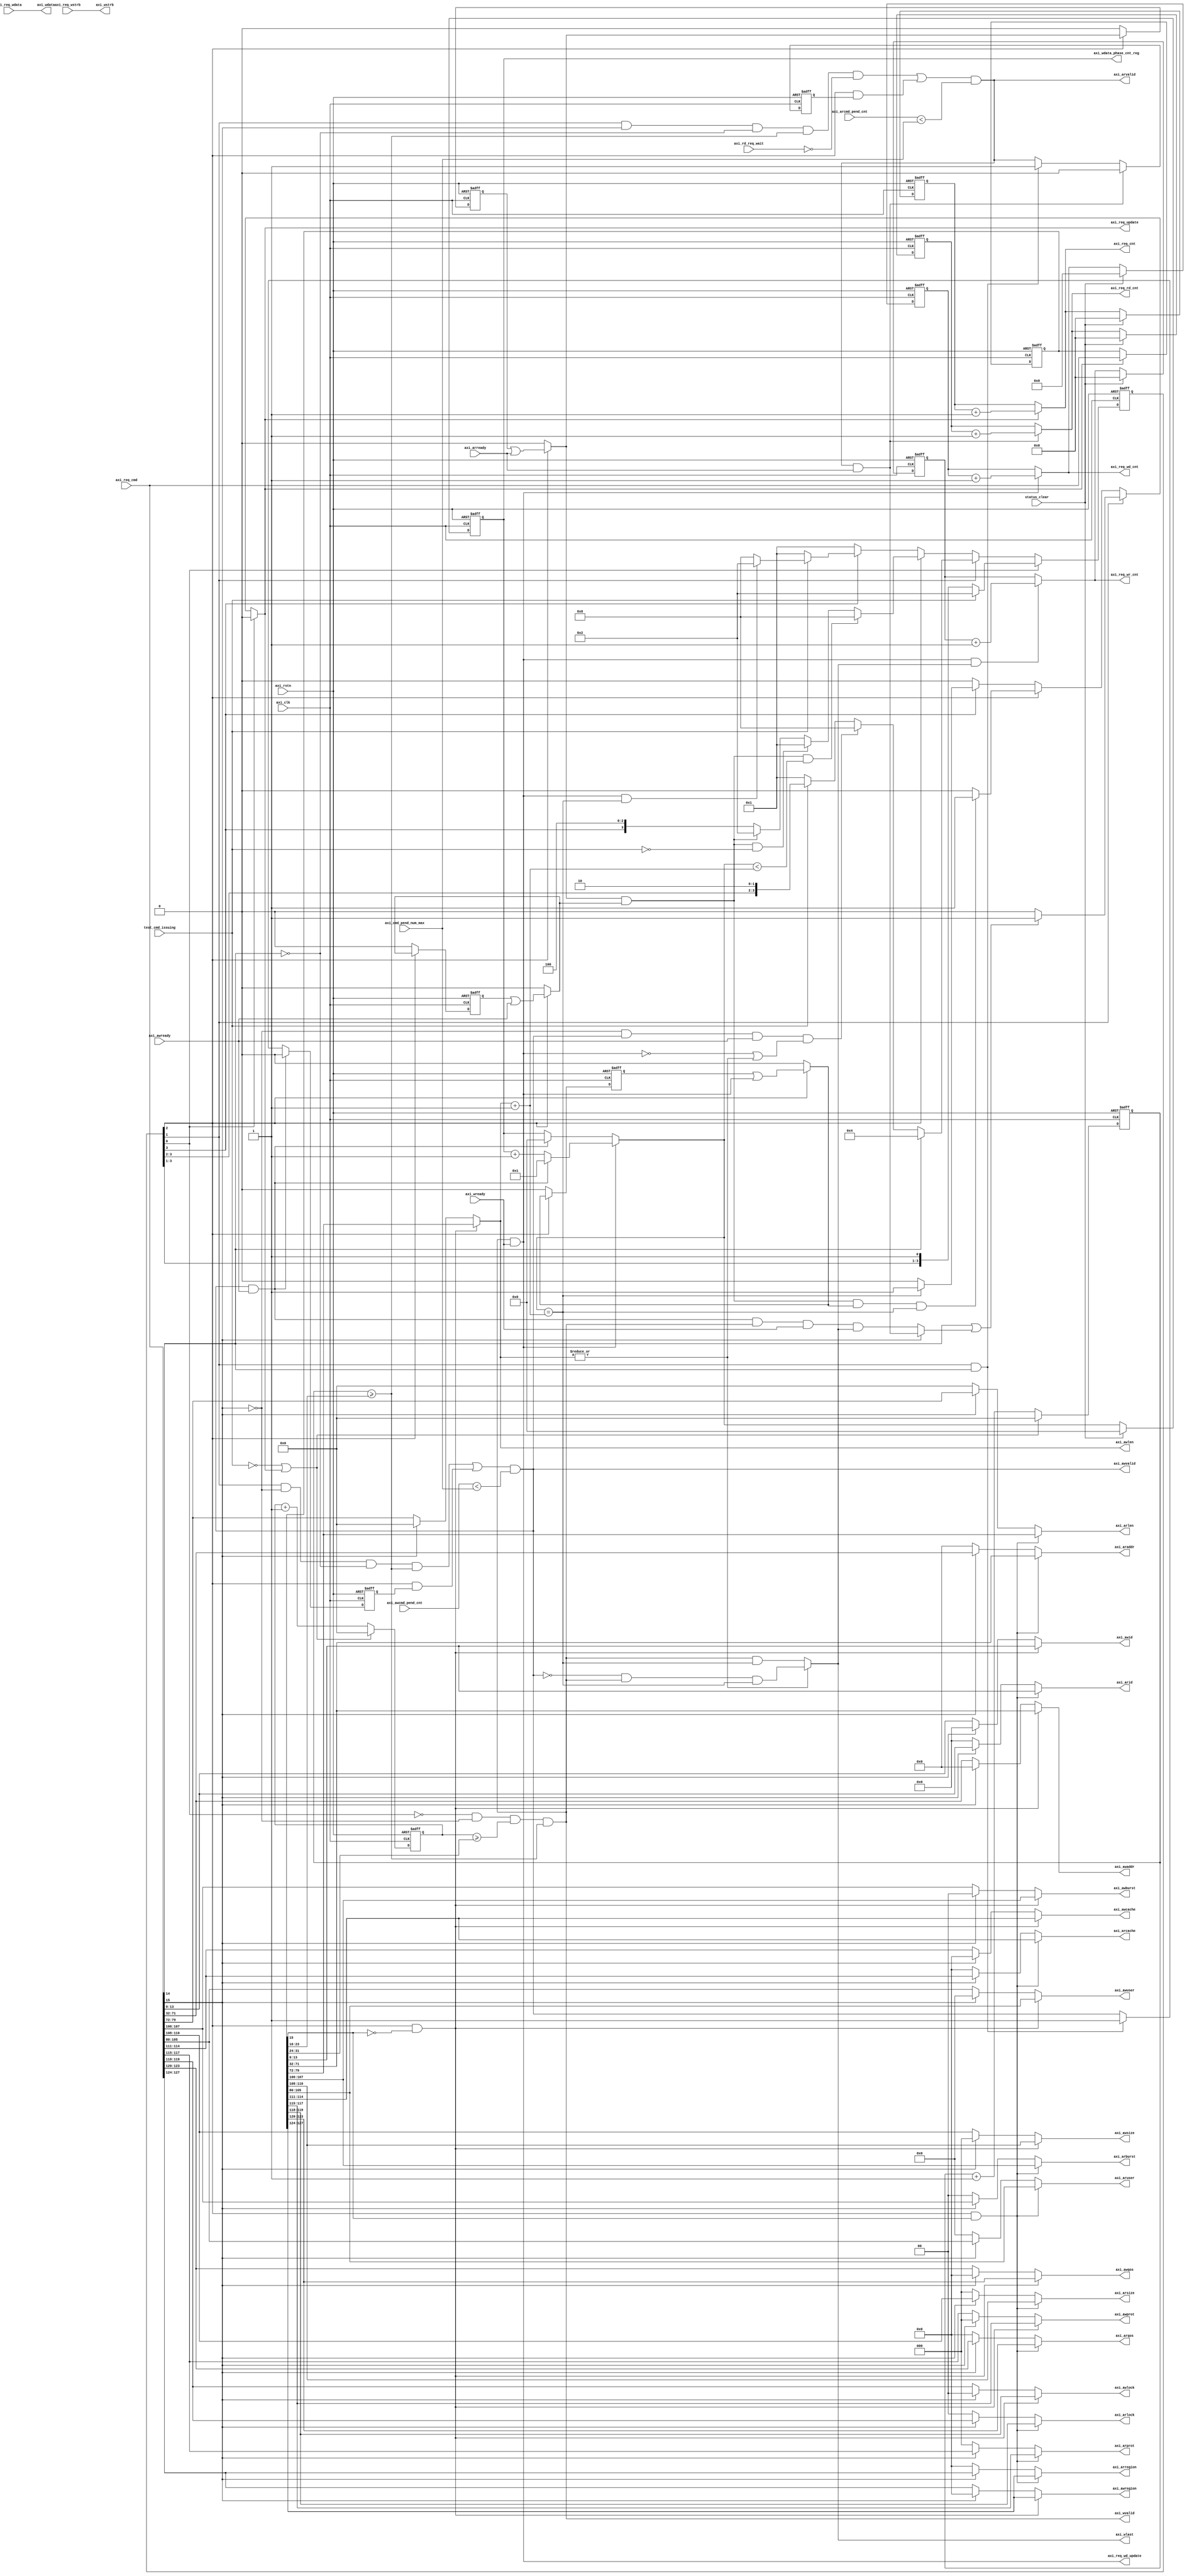
// ================================================================
// NVDLA Open Source Project
// 
// Copyright(c) 2016 - 2017 NVIDIA Corporation.  Licensed under the
// NVDLA Open Hardware License; Check "LICENSE" which comes with 
// this distribution for more information.
// ================================================================


module NV_FPGA_unit_checkbox_mem_dut_axi_req_256 (
   axi_clk
  ,axi_rstn
  ,axi_arcmd_pend_cnt
  ,axi_arready
  ,axi_awcmd_pend_cnt
  ,axi_awready
  ,axi_cmd_pend_num_max
  ,axi_rd_req_wait
  ,axi_req_cmd
  ,axi_req_wdata
  ,axi_req_wstrb
  ,axi_wready
  ,status_clear
  ,test_cmd_issuing
  ,axi_araddr
  ,axi_arburst
  ,axi_arcache
  ,axi_arid
  ,axi_arlen
  ,axi_arlock
  ,axi_arprot
  ,axi_arqos
  ,axi_arregion
  ,axi_arsize
  ,axi_aruser
  ,axi_arvalid
  ,axi_awaddr
  ,axi_awburst
  ,axi_awcache
  ,axi_awid
  ,axi_awlen
  ,axi_awlock
  ,axi_awprot
  ,axi_awqos
  ,axi_awregion
  ,axi_awsize
  ,axi_awuser
  ,axi_awvalid
  ,axi_req_cnt
  ,axi_req_rd_cnt
  ,axi_req_update
  ,axi_req_wd_cnt
  ,axi_req_wd_update
  ,axi_req_wr_cnt
  ,axi_wdata
  ,axi_wdata_phase_cnt_reg
  ,axi_wlast
  ,axi_wstrb
  ,axi_wvalid
  );
input          axi_clk;
input          axi_rstn;
input    [8:0] axi_arcmd_pend_cnt;
input          axi_arready;
input    [8:0] axi_awcmd_pend_cnt;
input          axi_awready;
input    [7:0] axi_cmd_pend_num_max;
input          axi_rd_req_wait;
input  [127:0] axi_req_cmd;
input  [255:0] axi_req_wdata;
input   [31:0] axi_req_wstrb;
input          axi_wready;
input          status_clear;
input          test_cmd_issuing;
output  [39:0] axi_araddr;
output   [1:0] axi_arburst;
output   [3:0] axi_arcache;
output  [13:0] axi_arid;
output   [7:0] axi_arlen;
output   [1:0] axi_arlock;
output   [2:0] axi_arprot;
output   [3:0] axi_arqos;
output   [3:0] axi_arregion;
output   [2:0] axi_arsize;
output  [25:0] axi_aruser;
output         axi_arvalid;
output  [39:0] axi_awaddr;
output   [1:0] axi_awburst;
output   [3:0] axi_awcache;
output  [13:0] axi_awid;
output   [7:0] axi_awlen;
output   [1:0] axi_awlock;
output   [2:0] axi_awprot;
output   [3:0] axi_awqos;
output   [3:0] axi_awregion;
output   [2:0] axi_awsize;
output  [25:0] axi_awuser;
output         axi_awvalid;
output  [23:0] axi_req_cnt;
output  [23:0] axi_req_rd_cnt;
output         axi_req_update;
output  [31:0] axi_req_wd_cnt;
output         axi_req_wd_update;
output  [23:0] axi_req_wr_cnt;
output [255:0] axi_wdata;
output   [8:0] axi_wdata_phase_cnt_reg;
output         axi_wlast;
output  [31:0] axi_wstrb;
output         axi_wvalid;
reg            axi_arcmd_accept_reg;
reg            axi_arvalid_reg;
reg            axi_awcmd_accept_reg;
reg            axi_awvalid_reg;
reg     [23:0] axi_req_cnt_reg;
reg      [7:0] axi_req_dly1_cnt;
reg      [7:0] axi_req_dly2_cnt;
reg     [23:0] axi_req_rd_cnt_reg;
reg            axi_req_update;
reg     [31:0] axi_req_wd_cnt_reg;
reg     [23:0] axi_req_wr_cnt_reg;
reg            axi_wdata_accept_reg;
reg      [8:0] axi_wdata_phase_cnt_reg;
reg      [3:0] nxt_req_state;
reg      [3:0] req_state;
wire           axi_arcmd_accept;
wire           axi_awcmd_accept;
wire    [39:0] axi_axaddr;
wire    [39:0] axi_axaddr_reg;
wire     [1:0] axi_axburst;
wire     [1:0] axi_axburst_reg;
wire     [3:0] axi_axcache;
wire     [3:0] axi_axcache_reg;
wire     [7:0] axi_axdly1_reg;
wire     [7:0] axi_axdly2_reg;
wire    [13:0] axi_axid;
wire    [13:0] axi_axid_reg;
wire     [7:0] axi_axlen;
wire     [7:0] axi_axlen_reg;
wire     [1:0] axi_axlock;
wire     [1:0] axi_axlock_reg;
wire     [2:0] axi_axprot;
wire     [2:0] axi_axprot_reg;
wire     [3:0] axi_axqos;
wire     [3:0] axi_axqos_reg;
wire     [3:0] axi_axregion;
wire     [3:0] axi_axregion_reg;
wire           axi_axrw;
wire           axi_axrw_reg;
wire     [2:0] axi_axsize;
wire     [2:0] axi_axsize_reg;
wire    [25:0] axi_axuser;
wire    [25:0] axi_axuser_reg;
wire           axi_dual_cmd_mode;
wire           axi_req_dly1_done;
wire           axi_req_dly2_done;
wire           axi_single_rwcmd_accept;
wire           axi_wdata_accept;
wire     [8:0] axi_wdata_phase_cnt;



// AXI request signals declaration



// control singals declaration



// output control singals for other module


reg [127:0] axi_req_cmd_reg; // spyglass disable W498
// latest axi request are present on output of axi_cmd_ram
// axi_reg_cmd_reg store last axi cmd
always @(posedge axi_clk or negedge axi_rstn) begin
  if (!axi_rstn) begin
    axi_req_cmd_reg <= {128{1'b0}};
  end else begin
  if(axi_req_update) begin
    axi_req_cmd_reg <= axi_req_cmd;
  end
  end
end

// de-concentrate the axi request information
assign axi_axregion[3:0]    = axi_req_cmd[127:124];
assign axi_axqos[3:0]       = axi_req_cmd[123:120];
assign axi_axlock[1:0]      = axi_req_cmd[119:118];
assign axi_axprot[2:0]      = axi_req_cmd[117:115];
assign axi_axcache[3:0]     = axi_req_cmd[114:111];
assign axi_axsize[2:0]      = axi_req_cmd[110:108];
assign axi_axburst[1:0]     = axi_req_cmd[107:106];
assign axi_axuser[25:0]     = axi_req_cmd[105:80];
assign axi_axlen[7:0]       = axi_req_cmd[79:72];
assign axi_axaddr[39:0]     = axi_req_cmd[71:32];
//assign axi_axdly2           = axi_req_cmd[27:24];
//assign axi_axdly1           = axi_req_cmd[19:16];
assign axi_axrw             = axi_req_cmd[15];
assign axi_dual_cmd_mode    = axi_req_cmd[14];
assign axi_axid[13:0]       = axi_req_cmd[13:0];

assign axi_axregion_reg[3:0]= axi_req_cmd_reg[127:124];
assign axi_axqos_reg[3:0]   = axi_req_cmd_reg[123:120];
assign axi_axlock_reg[1:0]  = axi_req_cmd_reg[119:118];
assign axi_axprot_reg[2:0]  = axi_req_cmd_reg[117:115];
assign axi_axcache_reg[3:0] = axi_req_cmd_reg[114:111];
assign axi_axsize_reg[2:0]  = axi_req_cmd_reg[110:108];
assign axi_axburst_reg[1:0] = axi_req_cmd_reg[107:106];
assign axi_axuser_reg[25:0] = axi_req_cmd_reg[105:80];
assign axi_axlen_reg[7:0]   = axi_req_cmd_reg[79:72];
assign axi_axaddr_reg[39:0] = axi_req_cmd_reg[71:32];
assign axi_axdly2_reg[7:0]  = axi_req_cmd_reg[31:24];
assign axi_axdly1_reg[7:0]  = axi_req_cmd_reg[23:16];
assign axi_axrw_reg         = axi_req_cmd_reg[15];
//axi_dual_cmd_mode_reg 
assign axi_axid_reg[13:0]   = axi_req_cmd_reg[13:0];

// count the totol requests and the total wdata phases.
// axi_req_cnt indicate which cmd (1..N) is being accepted. N is the total cmd number
always @(posedge axi_clk or negedge axi_rstn) begin
  if (!axi_rstn) begin
    axi_req_cnt_reg <= {24{1'b0}};
    axi_req_wd_cnt_reg <= {32{1'b0}};
    axi_req_rd_cnt_reg <= {24{1'b0}};
    axi_req_wr_cnt_reg <= {24{1'b0}};
  end else begin
  if(status_clear) begin
    axi_req_cnt_reg <= 0;
    axi_req_wd_cnt_reg <= 0;
    axi_req_rd_cnt_reg <= 0;
    axi_req_wr_cnt_reg <= 0;
  end
  else begin
    axi_req_cnt_reg <= axi_req_cnt;
    axi_req_wd_cnt_reg <= axi_req_wd_cnt;
    axi_req_rd_cnt_reg <= axi_req_rd_cnt;
    axi_req_wr_cnt_reg <= axi_req_wr_cnt;
  end
  end
end

assign axi_req_cnt = axi_req_update ? (axi_req_cnt_reg + 1'b1) : axi_req_cnt_reg;
assign axi_req_wd_cnt = axi_req_wd_update ? (axi_req_wd_cnt_reg + 1'b1) : axi_req_wd_cnt_reg;

assign axi_req_rd_cnt = (axi_arvalid & axi_arready) ? (axi_req_rd_cnt_reg + 1'b1) : axi_req_rd_cnt_reg;
assign axi_req_wr_cnt = (axi_wvalid & axi_wready & axi_wlast) ? (axi_req_wr_cnt_reg + 1'b1) : axi_req_wr_cnt_reg;

// single read or write cmd(with only 1 data phase) accepted
assign axi_single_rwcmd_accept = axi_axrw ? (axi_arvalid & axi_arready) : (axi_awvalid & axi_awready & axi_wvalid & axi_wready & axi_wlast);

// state machine for axi request channel
// ISSUE:
//  1) if axi_dual_cmd_mode==1, fetch next cmd and jump to ISSUE_DUAL state
//  2) else if arcmd or awcmd/wlast accepted
//      a) if more wdata phase required for a write cmd, jump to WDATA state
//      b) else if it's the last cmd, return to IDLE state
//      c) else fetch next cmd and stay ISSUE state
// ISSUE_DUAL:
//  1) if both r/w cmd accepted
//      a) if more data phase required, jump to WDATA state
//      b) else if it's the last cmd, jump to IDLE state
//      a) else jump to ISSUE state
//  2) else stay ISSUE_DUAL state
// WDATA:
//  1) if it's the last cmd, jump to IDLE state
//  2) else if it's the last wdata phase for curr cmd, jump to ISSUE state
//  3) else stay WDATA state.


//## fsm (1) output

//|	-one_hot_states
//|	-no_assert_state_x
//|	-no_testpoints
//|	REGISTERS
//|	  req_state <= nxt_req_state;
//|	  axi_req_update = 1'b0;
//|	RESET
//|	  IDLE <- ;
//|	ADVANCE
//|	  <- 1;
//|	STATES
//|	IDLE :
//|		ISSUE <- test_cmd_issuing;
//|	ISSUE :
//|		if(axi_dual_cmd_mode | axi_single_rwcmd_accept) 
//|		  axi_req_update=1;
//|		ISSUE_DUAL <- axi_dual_cmd_mode;
//|		WDATA <- (~axi_axrw & axi_awvalid & axi_awready & (~(axi_wvalid & axi_wready) | (|axi_awlen)));
//|		IDLE <- !test_cmd_issuing;
//|	ISSUE_DUAL :
//|		if(axi_arcmd_accept & axi_awcmd_accept & axi_wdata_accept & (axi_wdata_phase_cnt == axi_awlen+1))
//|		  axi_req_update=1;
//|		WDATA <- (axi_arcmd_accept & axi_awcmd_accept & (axi_wdata_phase_cnt < axi_awlen+1));
//|		IDLE  <- (axi_arcmd_accept & axi_awcmd_accept & !test_cmd_issuing);
//|		ISSUE <- (axi_arcmd_accept & axi_awcmd_accept);
//|		if(axi_wdata_phase_cnt == (axi_awlen+1))
//|		  axi_req_update=1;
//|		IDLE <- !test_cmd_issuing;
//|		ISSUE <- (axi_wvalid & axi_wready & (axi_wdata_phase_cnt == axi_awlen+1));
//|)

//## fsm (1) defines

`define IDLE 0
`define ISSUE 1
`define ISSUE_DUAL 2
`define WDATA 3

//## fsm (1) com block

always @(
  req_state
  or test_cmd_issuing
  or axi_dual_cmd_mode
  or axi_single_rwcmd_accept
  or axi_axrw
  or axi_awvalid
  or axi_awready
  or axi_wvalid
  or axi_wready
  or axi_awlen
  or axi_arcmd_accept
  or axi_awcmd_accept
  or axi_wdata_accept
  or axi_wdata_phase_cnt
  ) begin
  nxt_req_state = req_state;
  axi_req_update = 1'b0;
  begin
    casez (1'b1)  // spyglass disable W226
      req_state[`IDLE]: begin // spyglass disable W225 W171
        if (test_cmd_issuing) begin
          nxt_req_state = 4'd1 << `ISSUE; // spyglass disable W459
        end
        `ifndef SYNTHESIS
        // VCS coverage off
        else if ((test_cmd_issuing) === 1'bx) begin
          nxt_req_state = 'bx;
        end
        // VCS coverage on
        `endif
      end
      req_state[`ISSUE]: begin // spyglass disable W225 W171
        if(axi_dual_cmd_mode | axi_single_rwcmd_accept)
        axi_req_update=1;
        if (axi_dual_cmd_mode) begin
          nxt_req_state = 4'd1 << `ISSUE_DUAL; // spyglass disable W459
        end
        `ifndef SYNTHESIS
        // VCS coverage off
        else if ((axi_dual_cmd_mode) === 1'bx) begin
          nxt_req_state = 'bx;
        end
        // VCS coverage on
        `endif
        else if ((~axi_axrw & axi_awvalid & axi_awready & (~(axi_wvalid & axi_wready) | (|axi_awlen)))) begin
          nxt_req_state = 4'd1 << `WDATA; // spyglass disable W459
        end
        `ifndef SYNTHESIS
        // VCS coverage off
        else if (((~axi_axrw & axi_awvalid & axi_awready & (~(axi_wvalid & axi_wready) | (|axi_awlen)))) === 1'bx) begin
          nxt_req_state = 'bx;
        end
        // VCS coverage on
        `endif
        else if (!test_cmd_issuing) begin
          nxt_req_state = 4'd1 << `IDLE; // spyglass disable W459
        end
        `ifndef SYNTHESIS
        // VCS coverage off
        else if ((!test_cmd_issuing) === 1'bx) begin
          nxt_req_state = 'bx;
        end
        // VCS coverage on
        `endif
      end
      req_state[`ISSUE_DUAL]: begin // spyglass disable W225 W171
        if(axi_arcmd_accept & axi_awcmd_accept & axi_wdata_accept & (axi_wdata_phase_cnt == axi_awlen+1))
        axi_req_update=1;
        if ((axi_arcmd_accept & axi_awcmd_accept & (axi_wdata_phase_cnt < axi_awlen+1))) begin
          nxt_req_state = 4'd1 << `WDATA; // spyglass disable W459
        end
        `ifndef SYNTHESIS
        // VCS coverage off
        else if (((axi_arcmd_accept & axi_awcmd_accept & (axi_wdata_phase_cnt < axi_awlen+1))) === 1'bx) begin
          nxt_req_state = 'bx;
        end
        // VCS coverage on
        `endif
        else if ((axi_arcmd_accept & axi_awcmd_accept & !test_cmd_issuing)) begin
          nxt_req_state = 4'd1 << `IDLE; // spyglass disable W459
        end
        `ifndef SYNTHESIS
        // VCS coverage off
        else if (((axi_arcmd_accept & axi_awcmd_accept & !test_cmd_issuing)) === 1'bx) begin
          nxt_req_state = 'bx;
        end
        // VCS coverage on
        `endif
        else if ((axi_arcmd_accept & axi_awcmd_accept)) begin
          nxt_req_state = 4'd1 << `ISSUE; // spyglass disable W459
        end
        `ifndef SYNTHESIS
        // VCS coverage off
        else if (((axi_arcmd_accept & axi_awcmd_accept)) === 1'bx) begin
          nxt_req_state = 'bx;
        end
        // VCS coverage on
        `endif
      end
      req_state[`WDATA]: begin // spyglass disable W225 W171
        if(axi_wdata_phase_cnt == (axi_awlen+1))
        axi_req_update=1;
        if (!test_cmd_issuing) begin
          nxt_req_state = 4'd1 << `IDLE; // spyglass disable W459
        end
        `ifndef SYNTHESIS
        // VCS coverage off
        else if ((!test_cmd_issuing) === 1'bx) begin
          nxt_req_state = 'bx;
        end
        // VCS coverage on
        `endif
        else if ((axi_wvalid & axi_wready & (axi_wdata_phase_cnt == axi_awlen+1))) begin
          nxt_req_state = 4'd1 << `ISSUE; // spyglass disable W459
        end
        `ifndef SYNTHESIS
        // VCS coverage off
        else if (((axi_wvalid & axi_wready & (axi_wdata_phase_cnt == axi_awlen+1))) === 1'bx) begin
          nxt_req_state = 'bx;
        end
        // VCS coverage on
        `endif
      end
      // VCS coverage off
      default: begin
        nxt_req_state = 4'd1 << `IDLE; // spyglass disable W459
        `ifndef SYNTHESIS
        nxt_req_state = {4{1'bx}};
        `endif
      end
      // VCS coverage on
    endcase
  end
end

//## fsm (1) seq block

always @(posedge axi_clk or negedge axi_rstn) begin
  if (!axi_rstn) begin
    req_state <= 4'd1 << 0; // spyglass disable W459
  end else begin
  req_state <= nxt_req_state;
  end
end


assign axi_req_wd_update = axi_wvalid & axi_wready;

// judge when to exit from ISSUE_DUAL state.
always @(posedge axi_clk or negedge axi_rstn) begin
  if (!axi_rstn) begin
    axi_arcmd_accept_reg <= 1'b0;
    axi_awcmd_accept_reg <= 1'b0;
    axi_wdata_accept_reg <= 1'b0;
  end else begin
  if(req_state[`ISSUE_DUAL]) begin
    axi_arcmd_accept_reg <= axi_arcmd_accept;
    axi_awcmd_accept_reg <= axi_awcmd_accept;
    axi_wdata_accept_reg <= axi_wdata_accept;
  end
  else begin
    axi_arcmd_accept_reg <= 0;
    axi_awcmd_accept_reg <= 0;
    axi_wdata_accept_reg <= 0;
  end
  end
end

assign axi_arcmd_accept = req_state[`ISSUE_DUAL] ? (axi_arcmd_accept_reg | axi_arready) : 0;
assign axi_awcmd_accept = req_state[`ISSUE_DUAL] ? (axi_awcmd_accept_reg | axi_awready) : 0;
assign axi_wdata_accept = req_state[`ISSUE_DUAL] ? (axi_wdata_accept_reg | (axi_wvalid & axi_wready)) : 0;

// caculate how many wdata phase finished in one single cmd
always @(posedge axi_clk or negedge axi_rstn) begin
  if (!axi_rstn) begin
    axi_wdata_phase_cnt_reg <= {9{1'b0}};
  end else begin
  if(status_clear)
    axi_wdata_phase_cnt_reg <= 9'b0;
  else
    axi_wdata_phase_cnt_reg <= axi_wdata_phase_cnt;
  end
end

assign axi_wdata_phase_cnt = (axi_wvalid & axi_wready) ? (axi_awvalid & axi_awready) ? 1 : (axi_wdata_phase_cnt_reg + 1'b1) 
                                                       : (axi_awvalid & axi_awready) ? 0 : axi_wdata_phase_cnt_reg;

// assignment of axi cmd channel
assign axi_arid     = (req_state[`ISSUE_DUAL] & axi_axrw_reg) ? axi_axid_reg      : axi_axrw ? axi_axid : 0;
assign axi_araddr   = (req_state[`ISSUE_DUAL] & axi_axrw_reg) ? axi_axaddr_reg    : axi_axrw ? axi_axaddr : 0;
assign axi_arlen    = (req_state[`ISSUE_DUAL] & axi_axrw_reg) ? axi_axlen_reg     : axi_axrw ? axi_axlen : 0;
assign axi_arburst  = (req_state[`ISSUE_DUAL] & axi_axrw_reg) ? axi_axburst_reg   : axi_axrw ? axi_axburst : 0;
assign axi_arsize   = (req_state[`ISSUE_DUAL] & axi_axrw_reg) ? axi_axsize_reg    : axi_axrw ? axi_axsize : 0;
assign axi_aruser   = (req_state[`ISSUE_DUAL] & axi_axrw_reg) ? axi_axuser_reg    : axi_axrw ? axi_axuser : 0;
assign axi_arcache  = (req_state[`ISSUE_DUAL] & axi_axrw_reg) ? axi_axcache_reg   : axi_axrw ? axi_axcache : 0;
assign axi_arprot   = (req_state[`ISSUE_DUAL] & axi_axrw_reg) ? axi_axprot_reg    : axi_axrw ? axi_axprot : 0;
assign axi_arlock   = (req_state[`ISSUE_DUAL] & axi_axrw_reg) ? axi_axlock_reg    : axi_axrw ? axi_axlock : 0;
assign axi_arqos    = (req_state[`ISSUE_DUAL] & axi_axrw_reg) ? axi_axqos_reg     : axi_axrw ? axi_axqos : 0;
assign axi_arregion = (req_state[`ISSUE_DUAL] & axi_axrw_reg) ? axi_axregion_reg  : axi_axrw ? axi_axregion : 0;

assign axi_awid     = (req_state[`ISSUE_DUAL] & ~axi_axrw_reg) ? axi_axid_reg     : ~axi_axrw ? axi_axid : 0;
assign axi_awaddr   = (req_state[`ISSUE_DUAL] & ~axi_axrw_reg) ? axi_axaddr_reg   : ~axi_axrw ? axi_axaddr : 0;
assign axi_awlen    = (req_state[`ISSUE_DUAL] & ~axi_axrw_reg) ? axi_axlen_reg    : ~axi_axrw ? axi_axlen : 0;
assign axi_awburst  = (req_state[`ISSUE_DUAL] & ~axi_axrw_reg) ? axi_axburst_reg  : ~axi_axrw ? axi_axburst : 0;
assign axi_awsize   = (req_state[`ISSUE_DUAL] & ~axi_axrw_reg) ? axi_axsize_reg   : ~axi_axrw ? axi_axsize : 0;
assign axi_awuser   = (req_state[`ISSUE_DUAL] & ~axi_axrw_reg) ? axi_axuser_reg   : ~axi_axrw ? axi_axuser : 0;
assign axi_awcache  = (req_state[`ISSUE_DUAL] & ~axi_axrw_reg) ? axi_axcache_reg  : ~axi_axrw ? axi_axcache : 0;
assign axi_awprot   = (req_state[`ISSUE_DUAL] & ~axi_axrw_reg) ? axi_axprot_reg   : ~axi_axrw ? axi_axprot : 0;
assign axi_awlock   = (req_state[`ISSUE_DUAL] & ~axi_axrw_reg) ? axi_axlock_reg   : ~axi_axrw ? axi_axlock : 0;
assign axi_awqos    = (req_state[`ISSUE_DUAL] & ~axi_axrw_reg) ? axi_axqos_reg    : ~axi_axrw ? axi_axqos : 0;
assign axi_awregion = (req_state[`ISSUE_DUAL] & ~axi_axrw_reg) ? axi_axregion_reg : ~axi_axrw ? axi_axregion : 0;

// generate axi_arvalid signal
always @(posedge axi_clk or negedge axi_rstn) begin
  if (!axi_rstn) begin
    axi_arvalid_reg <= 1'b0;
  end else begin
  if(axi_arvalid & axi_arready) //de-assert it when received arready in ISSUE_DUAL state
    axi_arvalid_reg <= 0;
  else if(req_state[`ISSUE] & axi_dual_cmd_mode) // assert it before enter ISSUE_DUAL state
    axi_arvalid_reg <= 1;
  else
    axi_arvalid_reg <= axi_arvalid;
  end
end

assign axi_arvalid = ((req_state[`ISSUE] & axi_axrw & !axi_dual_cmd_mode & axi_req_dly1_done & !axi_rd_req_wait) | (req_state[`ISSUE_DUAL] & axi_arvalid_reg)) & (axi_arcmd_pend_cnt <axi_cmd_pend_num_max); // spyglass disable W362

// generate axi_awvalid signal
always @(posedge axi_clk or negedge axi_rstn) begin
  if (!axi_rstn) begin
    axi_awvalid_reg <= 1'b0;
  end else begin
  if(axi_awvalid & axi_awready)
    axi_awvalid_reg <= 0;
  else if(req_state[`ISSUE] & axi_dual_cmd_mode) // assert it before enter ISSUE_DUAL state
    axi_awvalid_reg <= 1;
  else
    axi_awvalid_reg <= axi_awvalid;
  end
end

assign axi_awvalid = ((req_state[`ISSUE] & ~axi_axrw & !axi_dual_cmd_mode & axi_req_dly1_done) | (req_state[`ISSUE_DUAL] & axi_awvalid_reg)) & (axi_awcmd_pend_cnt <axi_cmd_pend_num_max); // spyglass disable W362

// generate axi_wvalid_signal. assert if not IDLE state & Write CMD & awready-wvalid delay done.
assign axi_wvalid = (~req_state[`IDLE] & ~axi_axrw & axi_req_dly2_done & axi_req_dly1_done);

// assignment of write data signal
assign axi_wdata = axi_req_wdata;
assign axi_wstrb = axi_req_wstrb;

assign axi_wlast =  (|axi_awlen) ? ~axi_awvalid & axi_wvalid & (axi_wdata_phase_cnt == (axi_awlen + 1)) : axi_wvalid & (axi_wdata_phase_cnt == (axi_awlen + 1));

// delay control for command channel.
// dly1: (axvalid & axready) to next (axvalid) delay cycles.
// dly2: (awvalid & awready) to (wvalid) delay cycles
always @(posedge axi_clk or negedge axi_rstn) begin
  if (!axi_rstn) begin
    axi_req_dly1_cnt <= {8{1'b0}};
    axi_req_dly2_cnt <= {8{1'b0}};
  end else begin
  if(~test_cmd_issuing | axi_req_update) begin
    axi_req_dly1_cnt <= 0;
    axi_req_dly2_cnt <= 0;
  end
  else begin
    axi_req_dly1_cnt <= axi_req_dly1_cnt + 1'b1;
    axi_req_dly2_cnt <= axi_req_dly2_cnt + 1'b1;
  end
  end
end

assign axi_req_dly1_done = (axi_req_dly1_cnt >= axi_axdly1_reg);
assign axi_req_dly2_done = (axi_req_dly2_cnt >= axi_axdly2_reg);

// registers assignment

endmodule // NV_FPGA_unit_checkbox_mem_dut_axi_req_256